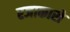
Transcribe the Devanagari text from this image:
रजाकारो